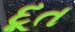
દૂત